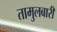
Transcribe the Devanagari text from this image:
तामुलबारी